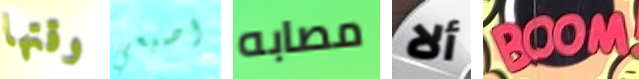
وقتها اصبعي مصابه ألا BOOM